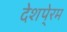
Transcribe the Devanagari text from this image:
देशपे्रम